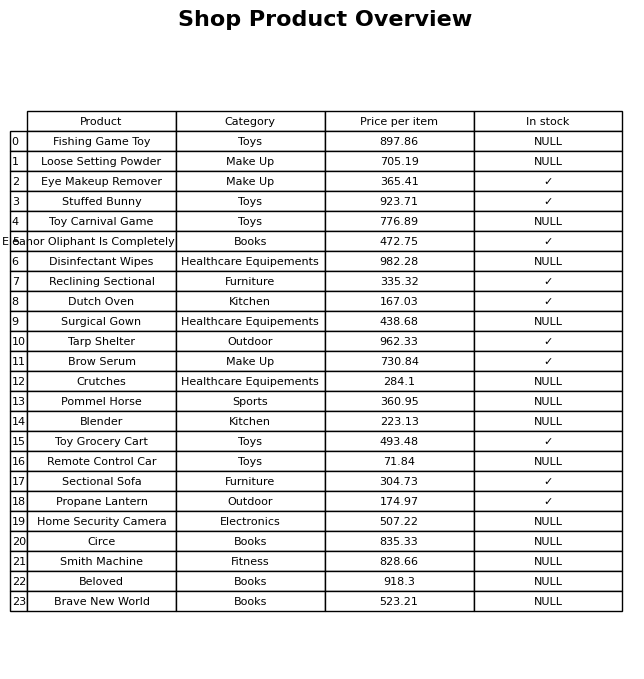
question: What is the price of the Dutch Oven?
answer: The price of Dutch Oven is 167.03.